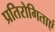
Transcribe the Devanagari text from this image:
प्रतिरोगिताएं